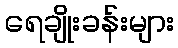
ရေချိုးခန်းများ